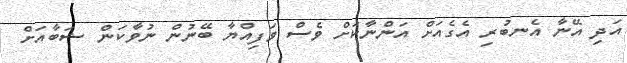
އަދި އޭނާ އެނބުރި އެގެއަށް އަންނާކަށް ވެސް ވަފިއްޔާ ބޭނުން ނުވާކަން ޝަބާއަށް